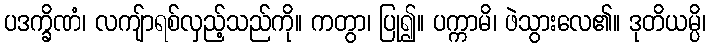
ပဒက္ခိဏံ၊ လကျ်ာရစ်လှည့်သည်ကို။ ကတွာ၊ ပြု၍။ ပက္ကာမိ၊ ဖဲသွားလေ၏။ ဒုတိယမ္ပိ၊